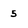
Character: 5